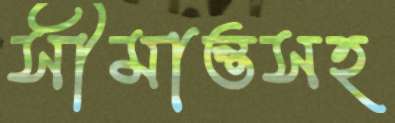
সীমান্তসহ